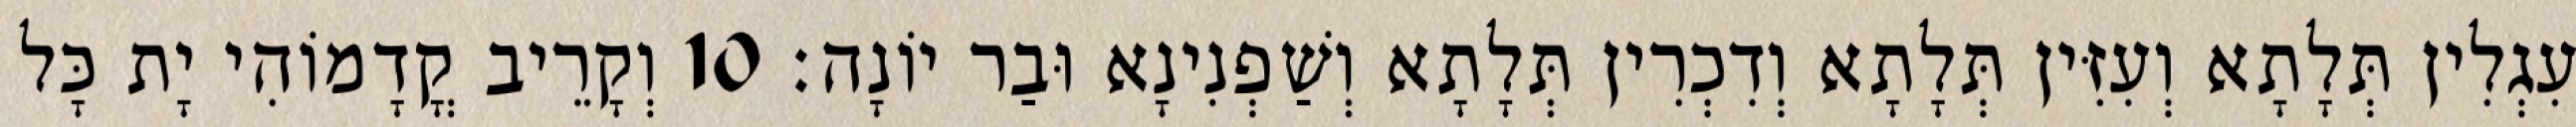
עִגְלִין תְּלָתָא וְעִזִּין תְּלָתָא וְדִכְרִין תְּלָתָא וְשַׁפְנִינָא וּבַר יוֹנָה׃ 10 וְקָרֵיב קֳדָמוֹהִי יָת כָּל